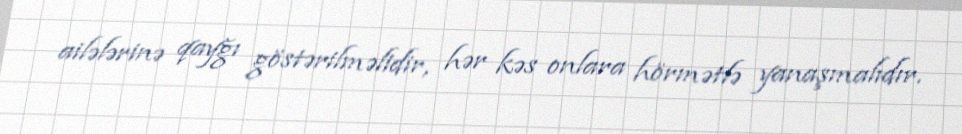
ailələrinə qayğı göstərilməlidir, hər kəs onlara hörmətlə yanaşmalıdır.